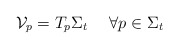
\begin{align*}\mathcal{V}_p=T_p\Sigma_t\ \ \ \ \forall p \in \Sigma_t\end{align*}